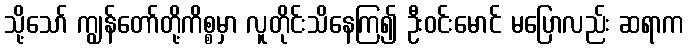
သို့သော် ကျွန်တော်တို့ကိစ္စမှာ လူတိုင်းသိနေကြ၍ ဦးဝင်းမောင် မပြောလည်း ဆရာက